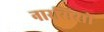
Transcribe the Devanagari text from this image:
नारसिसो